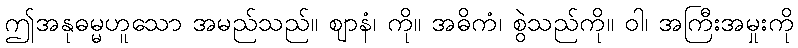
ဤအနုဓမ္မဟူသော အမည်သည်။ ဈာနံ၊ ကို။ အဓိကံ၊ စွဲသည်ကို။ ဝါ၊ အကြီးအမှုးကို